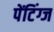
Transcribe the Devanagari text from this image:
पेंटिंग्ज